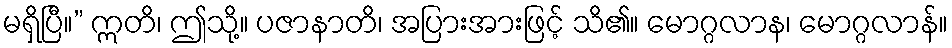
မရှိပြီ။” ဣတိ၊ ဤသို့။ ပဇာနာတိ၊ အပြားအားဖြင့် သိ၏။ မောဂ္ဂလာန၊ မောဂ္ဂလာန်။